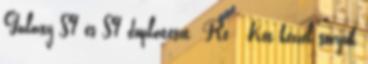
Galaxy S9 és S9 duplateszt Re: Két kézzel szórjuk